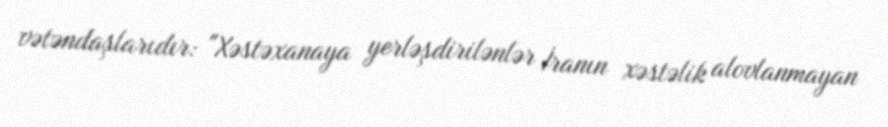
vətəndaşlarıdır: "Xəstəxanaya yerləşdirilənlər İranın xəstəlik alovlanmayan